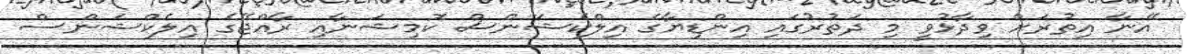
އޭނާ އިތުރަށް ވިދާޅުވީ މި ދަތުރުގައި އިންޑިޔާގެ އިލްކެޝަންސް ކޮމިޝަނާއި ރާއްޖޭގެ އިލެކްޝަންސް